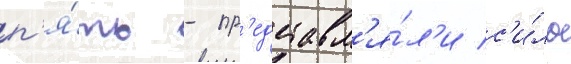
п'я́ть - пр'едставл'я́л'и с'и́лы